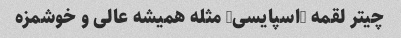
چیتر لقمه (اسپایسی) مثله همیشه عالی و خوشمزه